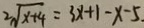
2 \sqrt { x + 4 } = 3 x + 1 - x - 5 .